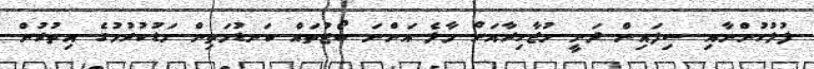
ފުލުހުންނާއި ސިފައިން ދަނީ މުޒާހިރާއަށް މާލެ އަންނަ ބޯޓުތައް ކަނޑުމަތިން މަޑުކުރުމުގެ އިތުރުން